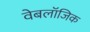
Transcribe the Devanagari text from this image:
वेबलॉजिक